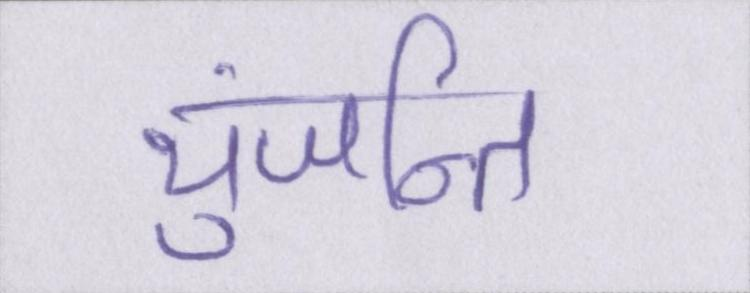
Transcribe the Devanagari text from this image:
युंजन्ति